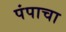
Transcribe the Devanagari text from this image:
पंपाचा